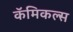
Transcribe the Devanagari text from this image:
कॅमिकल्स